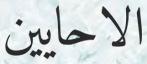
الاحايين